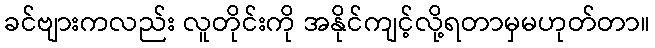
ခင်ဗျားကလည်း လူတိုင်းကို အနိုင်ကျင့်လို့ရတာမှမဟုတ်တာ။